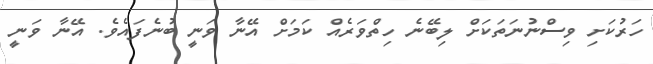
ހަރުކަށި ވިސްނުނަތަކަށް ލިބޭނެ ހިތްވަރެއް ކަމަށް އޭނާ ވަނީ ބުނެފައެވެ. އޭނާ ވަނީ